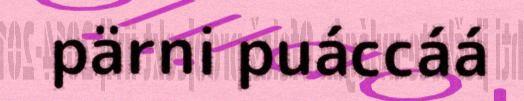
pärni puáccáá